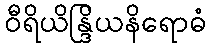
ဝီရိယိန္ဒြိယနိရောဓံ